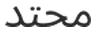
محتد